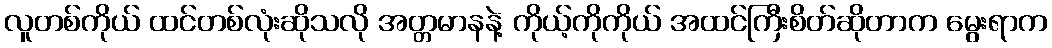
လူတစ်ကိုယ် ထင်တစ်လုံးဆိုသလို အတ္တမာနနဲ့ ကိုယ့်ကိုကိုယ် အထင်ကြီးစိတ်ဆိုတာက မွေးရာက